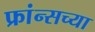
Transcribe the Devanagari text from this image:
फ्रांन्सच्या